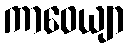
ကာဝေယျာ